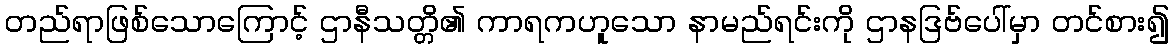
တည်ရာဖြစ်သောကြောင့် ဌာနီသတ္တိ၏ ကာရကဟူသော နာမည်ရင်းကို ဌာနဒြဗ်ပေါ်မှာ တင်စား၍